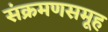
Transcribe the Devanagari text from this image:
संक्रमणसमूह